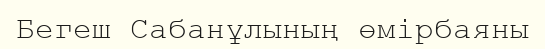
Бегеш Сабанұлының өмірбаяны